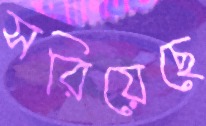
সরিয়েছে